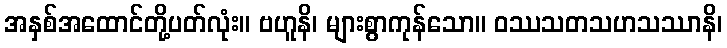
အနှစ်အထောင်တို့ပတ်လုံး။ ဗဟူနိ၊ များစွာကုန်သော။ ဝဿသတသဟသဿာနိ၊